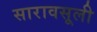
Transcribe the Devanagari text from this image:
सारावसूली